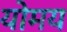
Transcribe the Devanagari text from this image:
योमय